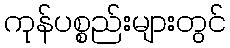
ကုန်ပစ္စည်းများတွင်